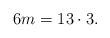
LaTeX: \begin{align*}6m = 13\cdot 3.\end{align*}